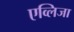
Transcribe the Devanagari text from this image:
एव्लिजा